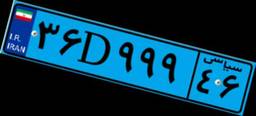
۳۶D۹۹۹۴۶